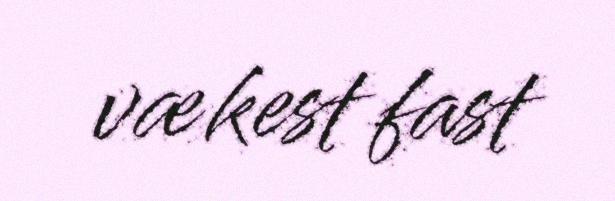
vækest fast